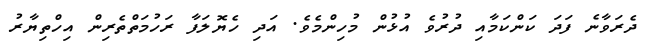
ދެރަވާނެ ފަދަ ކަންކަމާއި ދުރުވެ އުޅުން މުހިންމެވެ. އަދި ހެޔޮލަފާ ރަހުމަތްތެރިން އިހްތިޔާރު